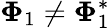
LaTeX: \mathbf{\Phi}_{1}\neq\mathbf{\Phi}_{1}^{*}